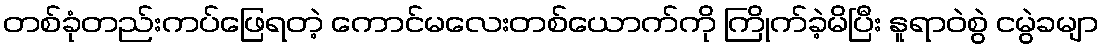
တစ်ခုံတည်းကပ်ဖြေရတဲ့ ကောင်မလေးတစ်ယောက်ကို ကြိုက်ခဲ့မိပြီး နူရာဝဲစွဲ ငမွဲခမျာ